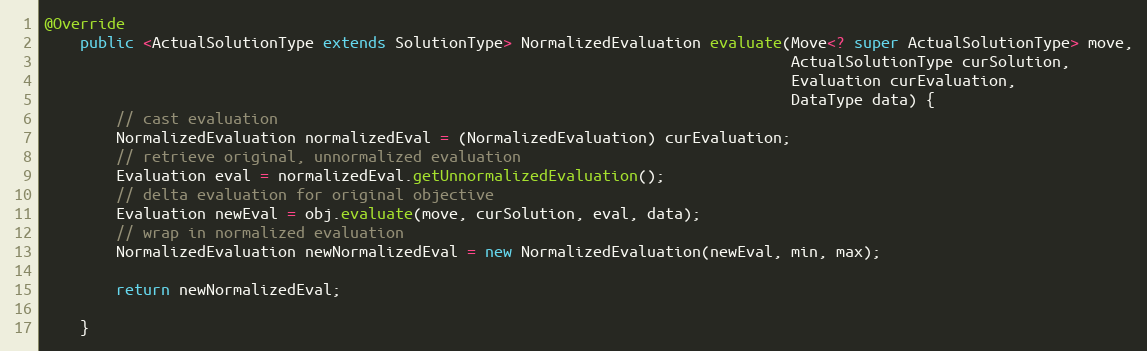
Language: Java
@Override
    public <ActualSolutionType extends SolutionType> NormalizedEvaluation evaluate(Move<? super ActualSolutionType> move,
                                                                                   ActualSolutionType curSolution,
                                                                                   Evaluation curEvaluation,
                                                                                   DataType data) {
        // cast evaluation
        NormalizedEvaluation normalizedEval = (NormalizedEvaluation) curEvaluation;
        // retrieve original, unnormalized evaluation
        Evaluation eval = normalizedEval.getUnnormalizedEvaluation();
        // delta evaluation for original objective
        Evaluation newEval = obj.evaluate(move, curSolution, eval, data);
        // wrap in normalized evaluation
        NormalizedEvaluation newNormalizedEval = new NormalizedEvaluation(newEval, min, max);

        return newNormalizedEval;

    }